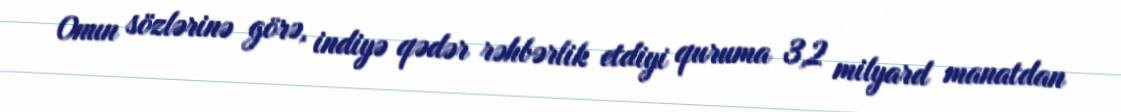
Onun sözlərinə görə, indiyə qədər rəhbərlik etdiyi quruma 3,2 milyard manatdan